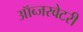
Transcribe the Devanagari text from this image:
ऑब्जरवेटरी